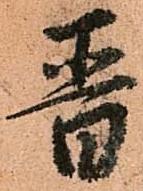
晋